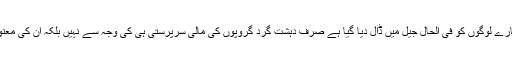
اور انہیں میں سے بہت سارے لوگوں کو فى الحال جیل میں ڈال دیا گیا ہے صرف دہشت گرد گروپوں کى مالى سرپرستى ہى کى وجہ سے نہیں بلکہ ان کى معنوى مدد کى وجہ سے بهى۔